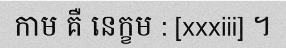
កាម គឺ នេក្ខម : [xxxiii] ។